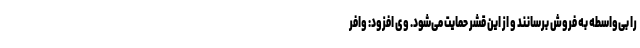
را بی‌واسطه به فروش برسانند و از این قشر حمایت می‌شود. وی افزود: وافر